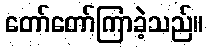
တော်တော်ကြာခဲ့သည်။